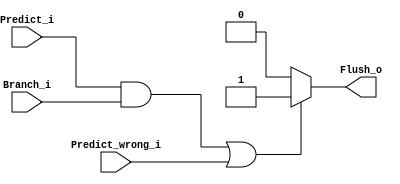
module Branch_Flush(
    Predict_i, 
    Predict_wrong_i, 
    Branch_i,  
    Flush_o
);

input Predict_i;
input Predict_wrong_i;
input Branch_i;

output Flush_o;

assign Flush_o = ((Predict_i && Branch_i) || Predict_wrong_i) ? 1 : 0;

endmodule